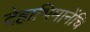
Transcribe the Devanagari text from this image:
देहाभिमानेंचि